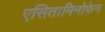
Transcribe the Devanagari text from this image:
एसितामिनोफेन